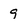
Character: 9